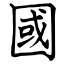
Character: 國